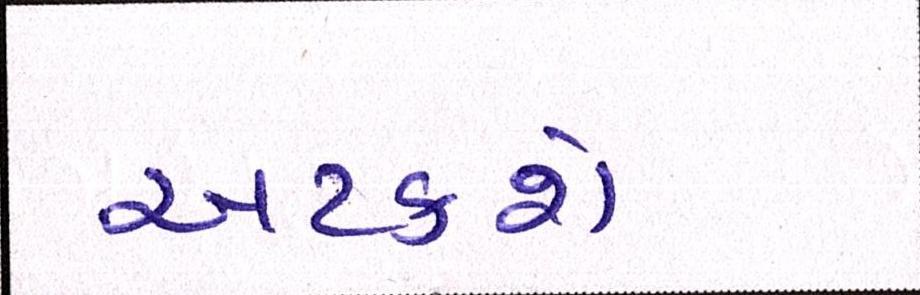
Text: અટકશે